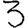
Digit: 3